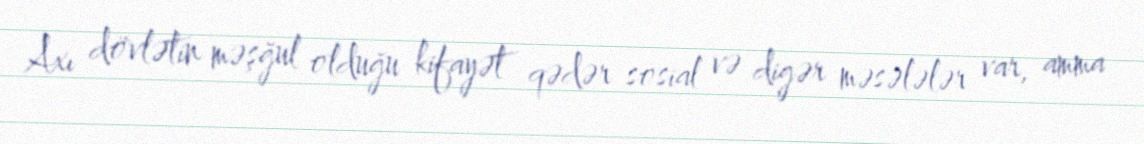
Axı dövlətin məşğul olduğu kifayət qədər sosial və digər məsələlər var, amma